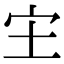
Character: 𫲵